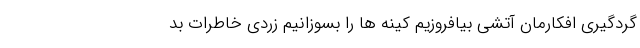
گردگیری افکارمان آتشی بیافروزیم کینه ها را بسوزانیم زردی خاطرات بد